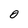
Character: 0